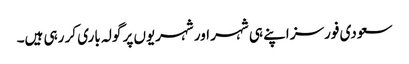
سعودی فورسز اپنے ہی شہر اور شہریوں پر گولہ باری کر رہی ہیں۔